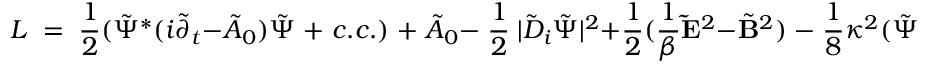
{ \cal L } \; = \; { \frac { 1 } { 2 } } ( \tilde { \Psi } \sp \ast ( i \tilde { \partial } _ { t } - \tilde { A } _ { 0 } ) \tilde { \Psi } \; + \; c . c . ) \; + \; \tilde { A } _ { 0 } - \; { \frac { 1 } { 2 } } \; | \tilde { D } _ { i } \tilde { \Psi } | ^ { 2 } + { \frac { 1 } { 2 } } ( { \frac { 1 } { \beta } } { \bf \tilde { E } } \sp 2 - \tilde { \bf B } \sp 2 ) \; - \; { \frac { 1 } { 8 } } \kappa \sp 2 ( \tilde { \Psi } \tilde { \Psi } \sp \ast - 1 ) \sp 2